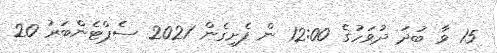
15 ވާ ބުދަ ދުވަހުގެ 12:00 ން ފެށިގެން 2021 ސެޕްޓެންބަރު 20